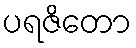
ပရဇိတော